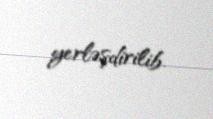
yerləşdirilib.